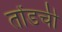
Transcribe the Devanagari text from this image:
तोंडची